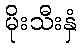
မိုးသီးနှံ